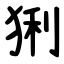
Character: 猁